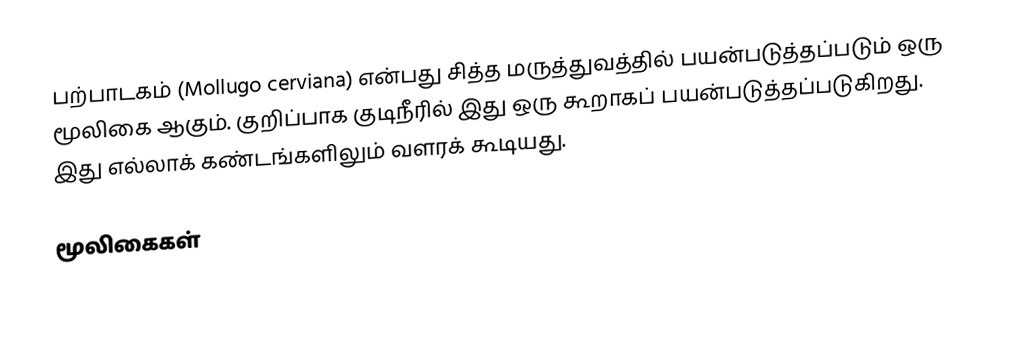
பற்பாடகம் (Mollugo cerviana) என்பது சித்த மருத்துவத்தில் பயன்படுத்தப்படும் ஒரு மூலிகை ஆகும்.  குறிப்பாக குடிநீரில் இது ஒரு கூறாகப் பயன்படுத்தப்படுகிறது. இது எல்லாக் கண்டங்களிலும் வளரக் கூடியது.

மூலிகைகள்